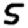
Digit: 5